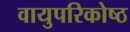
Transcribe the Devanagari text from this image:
वायुपरिकोष्ठ